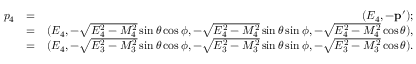
\begin{array} { r l r } { p _ { 4 } } & { = } & { ( E _ { 4 } , - \mathbf { p } ^ { \prime } ) ; } \\ & { = } & { ( E _ { 4 } , - \sqrt { E _ { 4 } ^ { 2 } - M _ { 4 } ^ { 2 } } \sin \theta \cos \phi , - \sqrt { E _ { 4 } ^ { 2 } - M _ { 4 } ^ { 2 } } \sin \theta \sin \phi , - \sqrt { E _ { 4 } ^ { 2 } - M _ { 4 } ^ { 2 } } \cos \theta ) , } \\ & { = } & { ( E _ { 4 } , - \sqrt { E _ { 3 } ^ { 2 } - M _ { 3 } ^ { 2 } } \sin \theta \cos \phi , - \sqrt { E _ { 3 } ^ { 2 } - M _ { 3 } ^ { 2 } } \sin \theta \sin \phi , - \sqrt { E _ { 3 } ^ { 2 } - M _ { 3 } ^ { 2 } } \cos \theta ) . } \end{array}